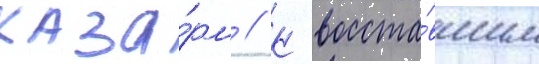
каза́рм // К восста́вшим